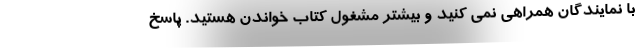
با نمایندگان همراهی نمی کنید و بیشتر مشغول کتاب خواندن هستید. پاسخ